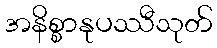
အနိစ္စာနုပဿီသုတ်